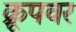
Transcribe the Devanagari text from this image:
क्रूपवर